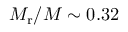
M _ { \mathrm { r } } / M \sim 0 . 3 2